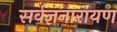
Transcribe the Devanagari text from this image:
सर्वज्ञनारायण